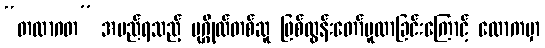
“တထာဂတ” အမည်ရသည့် ပုဂ္ဂိုလ်တစ်ဆူ ဖြစ်ထွန်းတော်မူလာခြင်းကြောင့် လောကမှာ